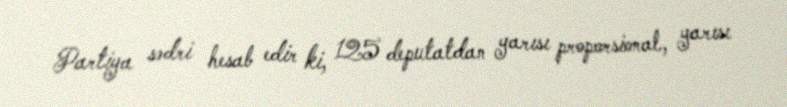
Partiya sədri hesab edir ki, 125 deputatdan yarısı proporsional, yarısı